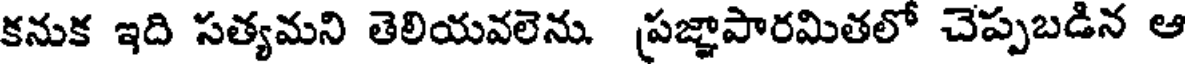
కనుక ఇది సత్యమని తెలియవలెను. ప్రజ్ఞాపారమితలో చెప్పబడిన ఆ